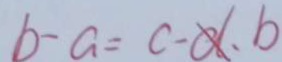
b - a = c - d 、 b